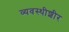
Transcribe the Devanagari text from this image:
व्यवस्थीशीर